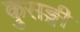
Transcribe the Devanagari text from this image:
कुसङ्गी